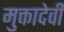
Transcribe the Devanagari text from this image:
मुक्तादेवी